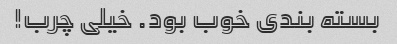
بسته بندی خوب بود. خیلی چرب!